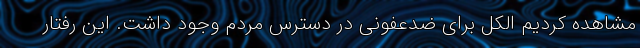
مشاهده کردیم الکل برای ضدعفونی در دسترس مردم وجود داشت. این رفتار